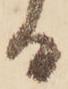
る